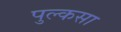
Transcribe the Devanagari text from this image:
पुल्कसा